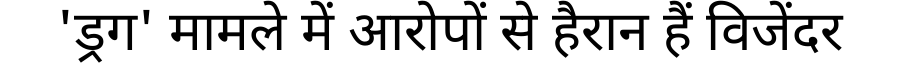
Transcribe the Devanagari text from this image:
'ड्रग' मामले में आरोपों से हैरान हैं विजेंदर